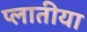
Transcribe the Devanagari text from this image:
प्लातीया